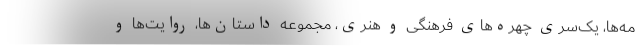
مه‌ها، یک‌سری چهره‌های فرهنگی و هنری، مجموعه داستان‌ها، روایت‌ها و